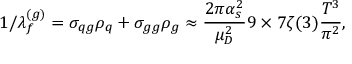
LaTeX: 1 / \lambda _ { f } ^ { ( g ) } = \sigma _ { q g } \rho _ { q } + \sigma _ { g g } \rho _ { g } \approx \frac { 2 \pi \alpha _ { s } ^ { 2 } } { \mu _ { D } ^ { 2 } } 9 \times 7 \zeta ( 3 ) \frac { T ^ { 3 } } { \pi ^ { 2 } } ,